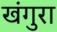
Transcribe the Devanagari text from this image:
खंगुरा